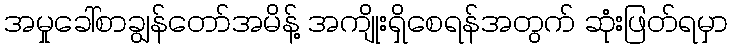
အမှုခေါ်စာချွန်တော်အမိန့် အကျိုးရှိစေရန်အတွက် ဆုံးဖြတ်ရမှာ